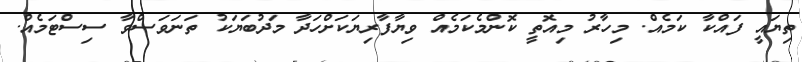
ތިޔައީ ފައްކާ ކަމެއް. މިހާރު މިއޮތީ ކޮންމެކަމެއް ވިޔާފާރިޔަކަށްހަދާ މަދުބަޔަކު ތަނަވަސްވާ ސިސްޓަމެއް.